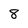
Character: 8